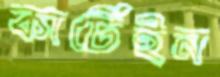
কার্টেইন